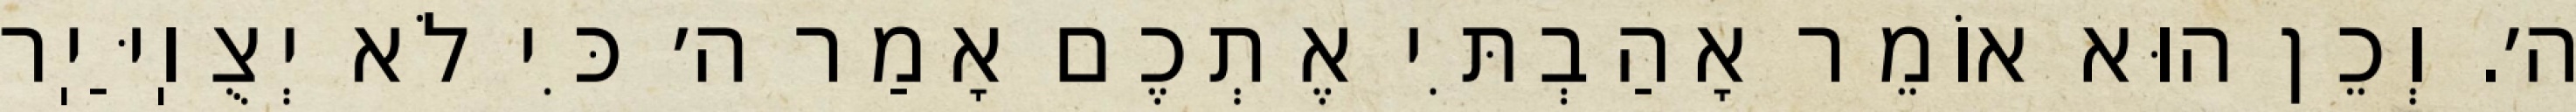
ה׳. וְכֵן הוּא אוֹמֵר אָהַבְתִּי אֶתְכֶם אָמַר ה׳ כִּי לֹא יְצֻוֽיַּיֽר